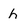
Character: h